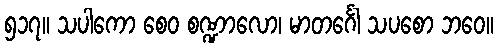
၅၁၇။ သပါကော စေဝ စဏ္ဍာလော၊ မာတင်္ဂေါ သပစော ဘဝေ။